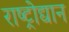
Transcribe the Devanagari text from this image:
राष्ट्रोद्यान